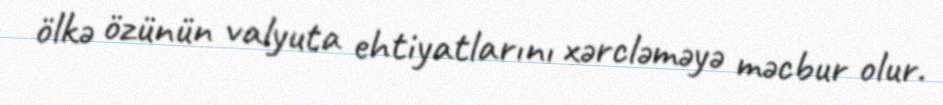
ölkə özünün valyuta ehtiyatlarını xərcləməyə məcbur olur.